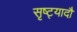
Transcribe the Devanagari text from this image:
सृष्ट्यादौ